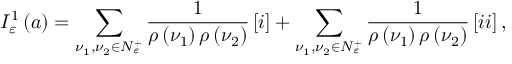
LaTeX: I _ { \varepsilon } ^ { 1 } \left( a \right) = \sum _ { \nu _ { 1 } , \nu _ { 2 } \in { \cal N } _ { \varepsilon } ^ { + } } \frac { 1 } { \rho \left( \nu _ { 1 } \right) \rho \left( \nu _ { 2 } \right) } \left[ { \LARGE i } \right] + \sum _ { \nu _ { 1 } , \nu _ { 2 } \in { \cal N } _ { \varepsilon } ^ { + } } \frac { 1 } { \rho \left( \nu _ { 1 } \right) \rho \left( \nu _ { 2 } \right) } \left[ { \Large i i } \right] ,